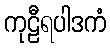
ကုဠီရပါဒကံ